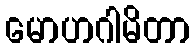
မောဟဂါမိတာ